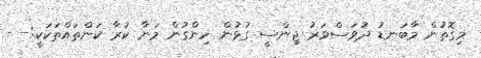
މިގޮތުން މާބަނޑު ދުވަސްވަރު ޖިންސީ ގުޅުން ހިންގުން މަނާ ކުރާ ކަންތައްތަކަކީ:- -